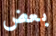
بعض